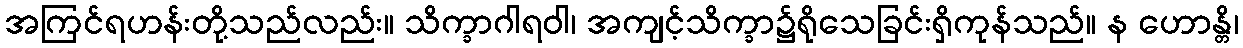
အကြင်ရဟန်းတို့သည်လည်း။ သိက္ခာဂါရဝါ၊ အကျင့်သိက္ခာ၌ရိုသေခြင်းရှိကုန်သည်။ န ဟောန္တိ၊